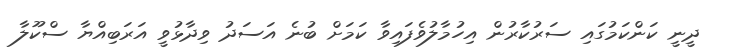
ދީނީ ކަންކަމުގައި ސަރުކާރުން އިހުމާލުވެފައިވާ ކަމަށް ބުނެ އަސަދު ވިދާޅުވީ އަރަބިއްޔާ ސްކޫލާ